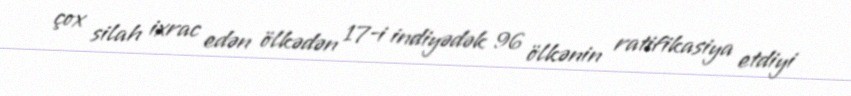
çox silah ixrac edən ölkədən 17-i indiyədək 96 ölkənin ratifikasiya etdiyi